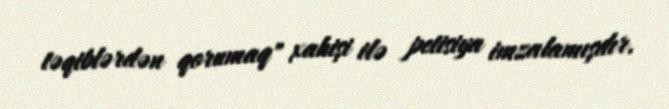
təqiblərdən qorumaq" xahişi ilə petisiya imzalamışdır.